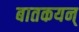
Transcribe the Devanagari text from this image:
बातकयन्